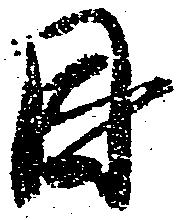
因